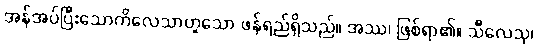
အန်အပ်ပြီးသောကိလေသာဟူသော ဖန်ရည်ရှိသည်။ အဿ၊ ဖြစ်ရာ၏။ သီလေသု၊